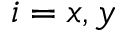
i = x , y